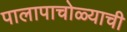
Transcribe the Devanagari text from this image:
पालापाचोळ्याची